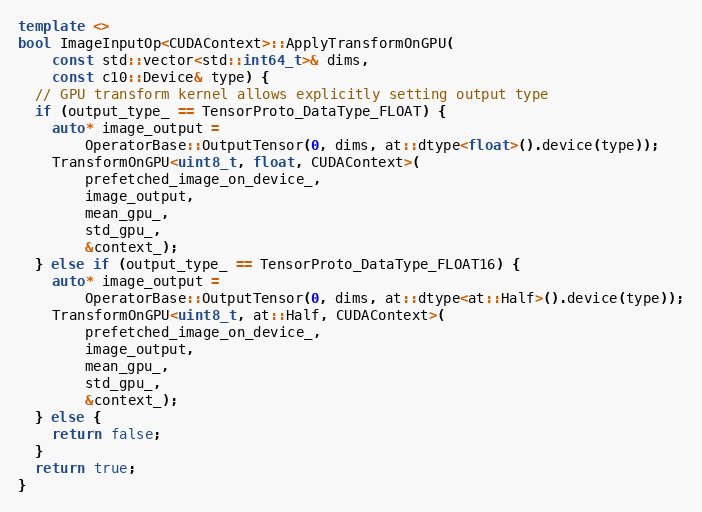
Language: C++
template <>
bool ImageInputOp<CUDAContext>::ApplyTransformOnGPU(
    const std::vector<std::int64_t>& dims,
    const c10::Device& type) {
  // GPU transform kernel allows explicitly setting output type
  if (output_type_ == TensorProto_DataType_FLOAT) {
    auto* image_output =
        OperatorBase::OutputTensor(0, dims, at::dtype<float>().device(type));
    TransformOnGPU<uint8_t, float, CUDAContext>(
        prefetched_image_on_device_,
        image_output,
        mean_gpu_,
        std_gpu_,
        &context_);
  } else if (output_type_ == TensorProto_DataType_FLOAT16) {
    auto* image_output =
        OperatorBase::OutputTensor(0, dims, at::dtype<at::Half>().device(type));
    TransformOnGPU<uint8_t, at::Half, CUDAContext>(
        prefetched_image_on_device_,
        image_output,
        mean_gpu_,
        std_gpu_,
        &context_);
  } else {
    return false;
  }
  return true;
}